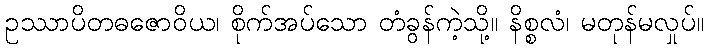
ဥဿာပိတဓဇောဝိယ၊ စိုက်အပ်သော တံခွန်ကဲ့သို့။ နိစ္စလံ၊ မတုန်မလှုပ်။